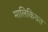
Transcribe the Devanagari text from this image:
मालिकियत